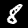
Label: 8